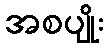
အစပျိုး